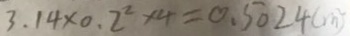
3 . 1 4 \times 0 . 2 ^ { 2 } \times 4 = 0 . 5 0 2 4 ( m ^ { 2 } )